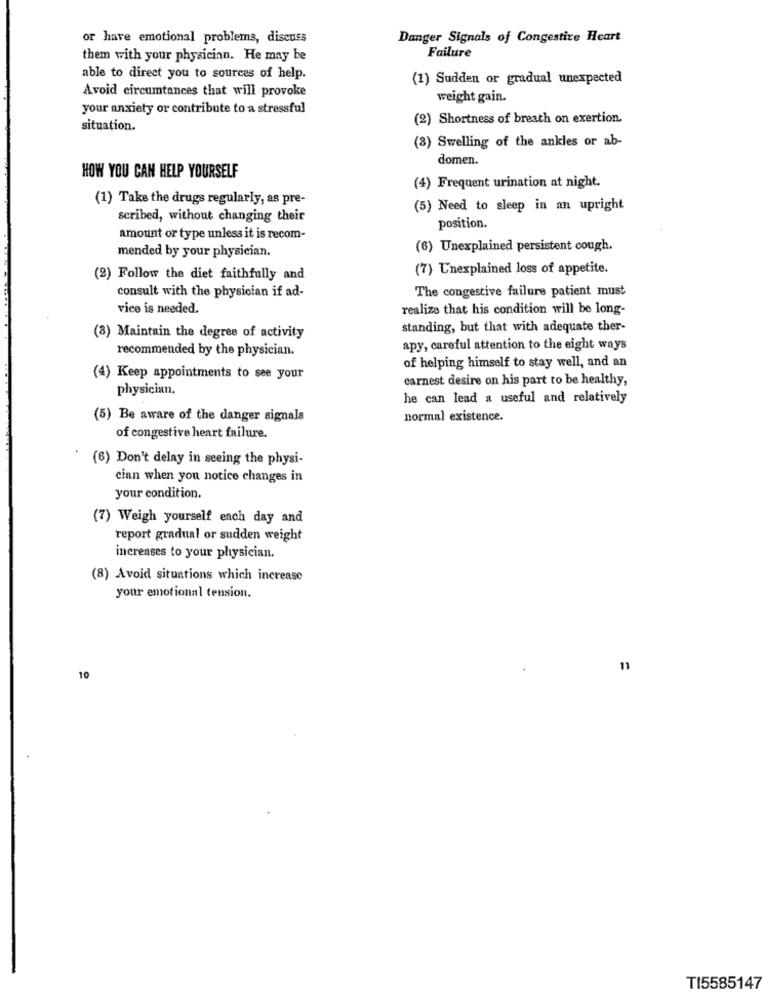
or have emotional problems, discuss
Danger Signals of Congestive Heart
Failure
them with your physician. He may be
able to direct you to sources of help.
(1) Sudden or gradual unexpected
Avoid circumtances that will provoke
weight gain.
your anxiety or contribute to a stressful
(2) Shortness of breath on exertion.
situation.
(3) Swelling of the ankles or ab-
domen.
HOW YOU CAN HELP YOURSELF
(4) Frequent urination at night.
(1) Take the drugs regularly, as pre-
(5) Need to sleep in an upright
scribed, without changing their
position.
amount or type unless it is recom-
mended by your physician.
(6) Unexplained persistent cough.
(7) Unexplained loss of appetite.
(2) Follow the diet faithfully and
consult with the physician if ad-
The congestive failure patient must
vice is needed.
realize that his condition will be long-
standing, but that with adequate ther-
(8) Maintain the degree of activity
recommended by the physician.
apy, careful attention to the eight ways
of helping himself to stay well, and an
(4) Keep appointments to see your
earnest desire on his part to be healthy,
physician.
he can lead a useful and relatively
(5) Be aware of the danger signals
normal existence.
of congestive heart failure.
(6) Don't delay in seeing the physi-
cian when you notice changes in
your condition.
(7) Weigh yourself each day and
report gradual or sudden weight
increases to your physician.
(8) Avoid situations which increase
your emotional tension.
11
10
TI5585147